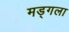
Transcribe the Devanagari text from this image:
मड्गला